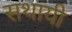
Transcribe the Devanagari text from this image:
सथायी